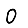
Digit: 0